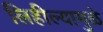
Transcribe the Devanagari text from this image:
लिहील्यामुळे